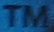
TM